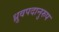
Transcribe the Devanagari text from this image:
ध्रुवपदानुरुप